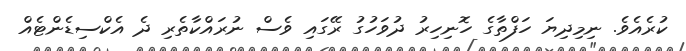
ކުރެއެވެ. ނިމިދިޔަ ހަފްތާގެ ހޮނިހިރު ދުވަހުގު ރޭގައި ވެސް ނުރައްކާތެރި ދެ އެކްސިޑެންޓެއް